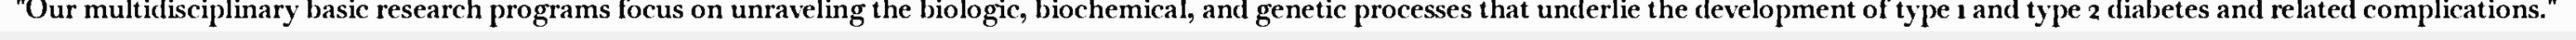
"Our multidisciplinary basic research programs focus on unraveling the biologic, biochemical, and genetic processes that underlie the development of type 1 and type 2 diabetes and related complications."